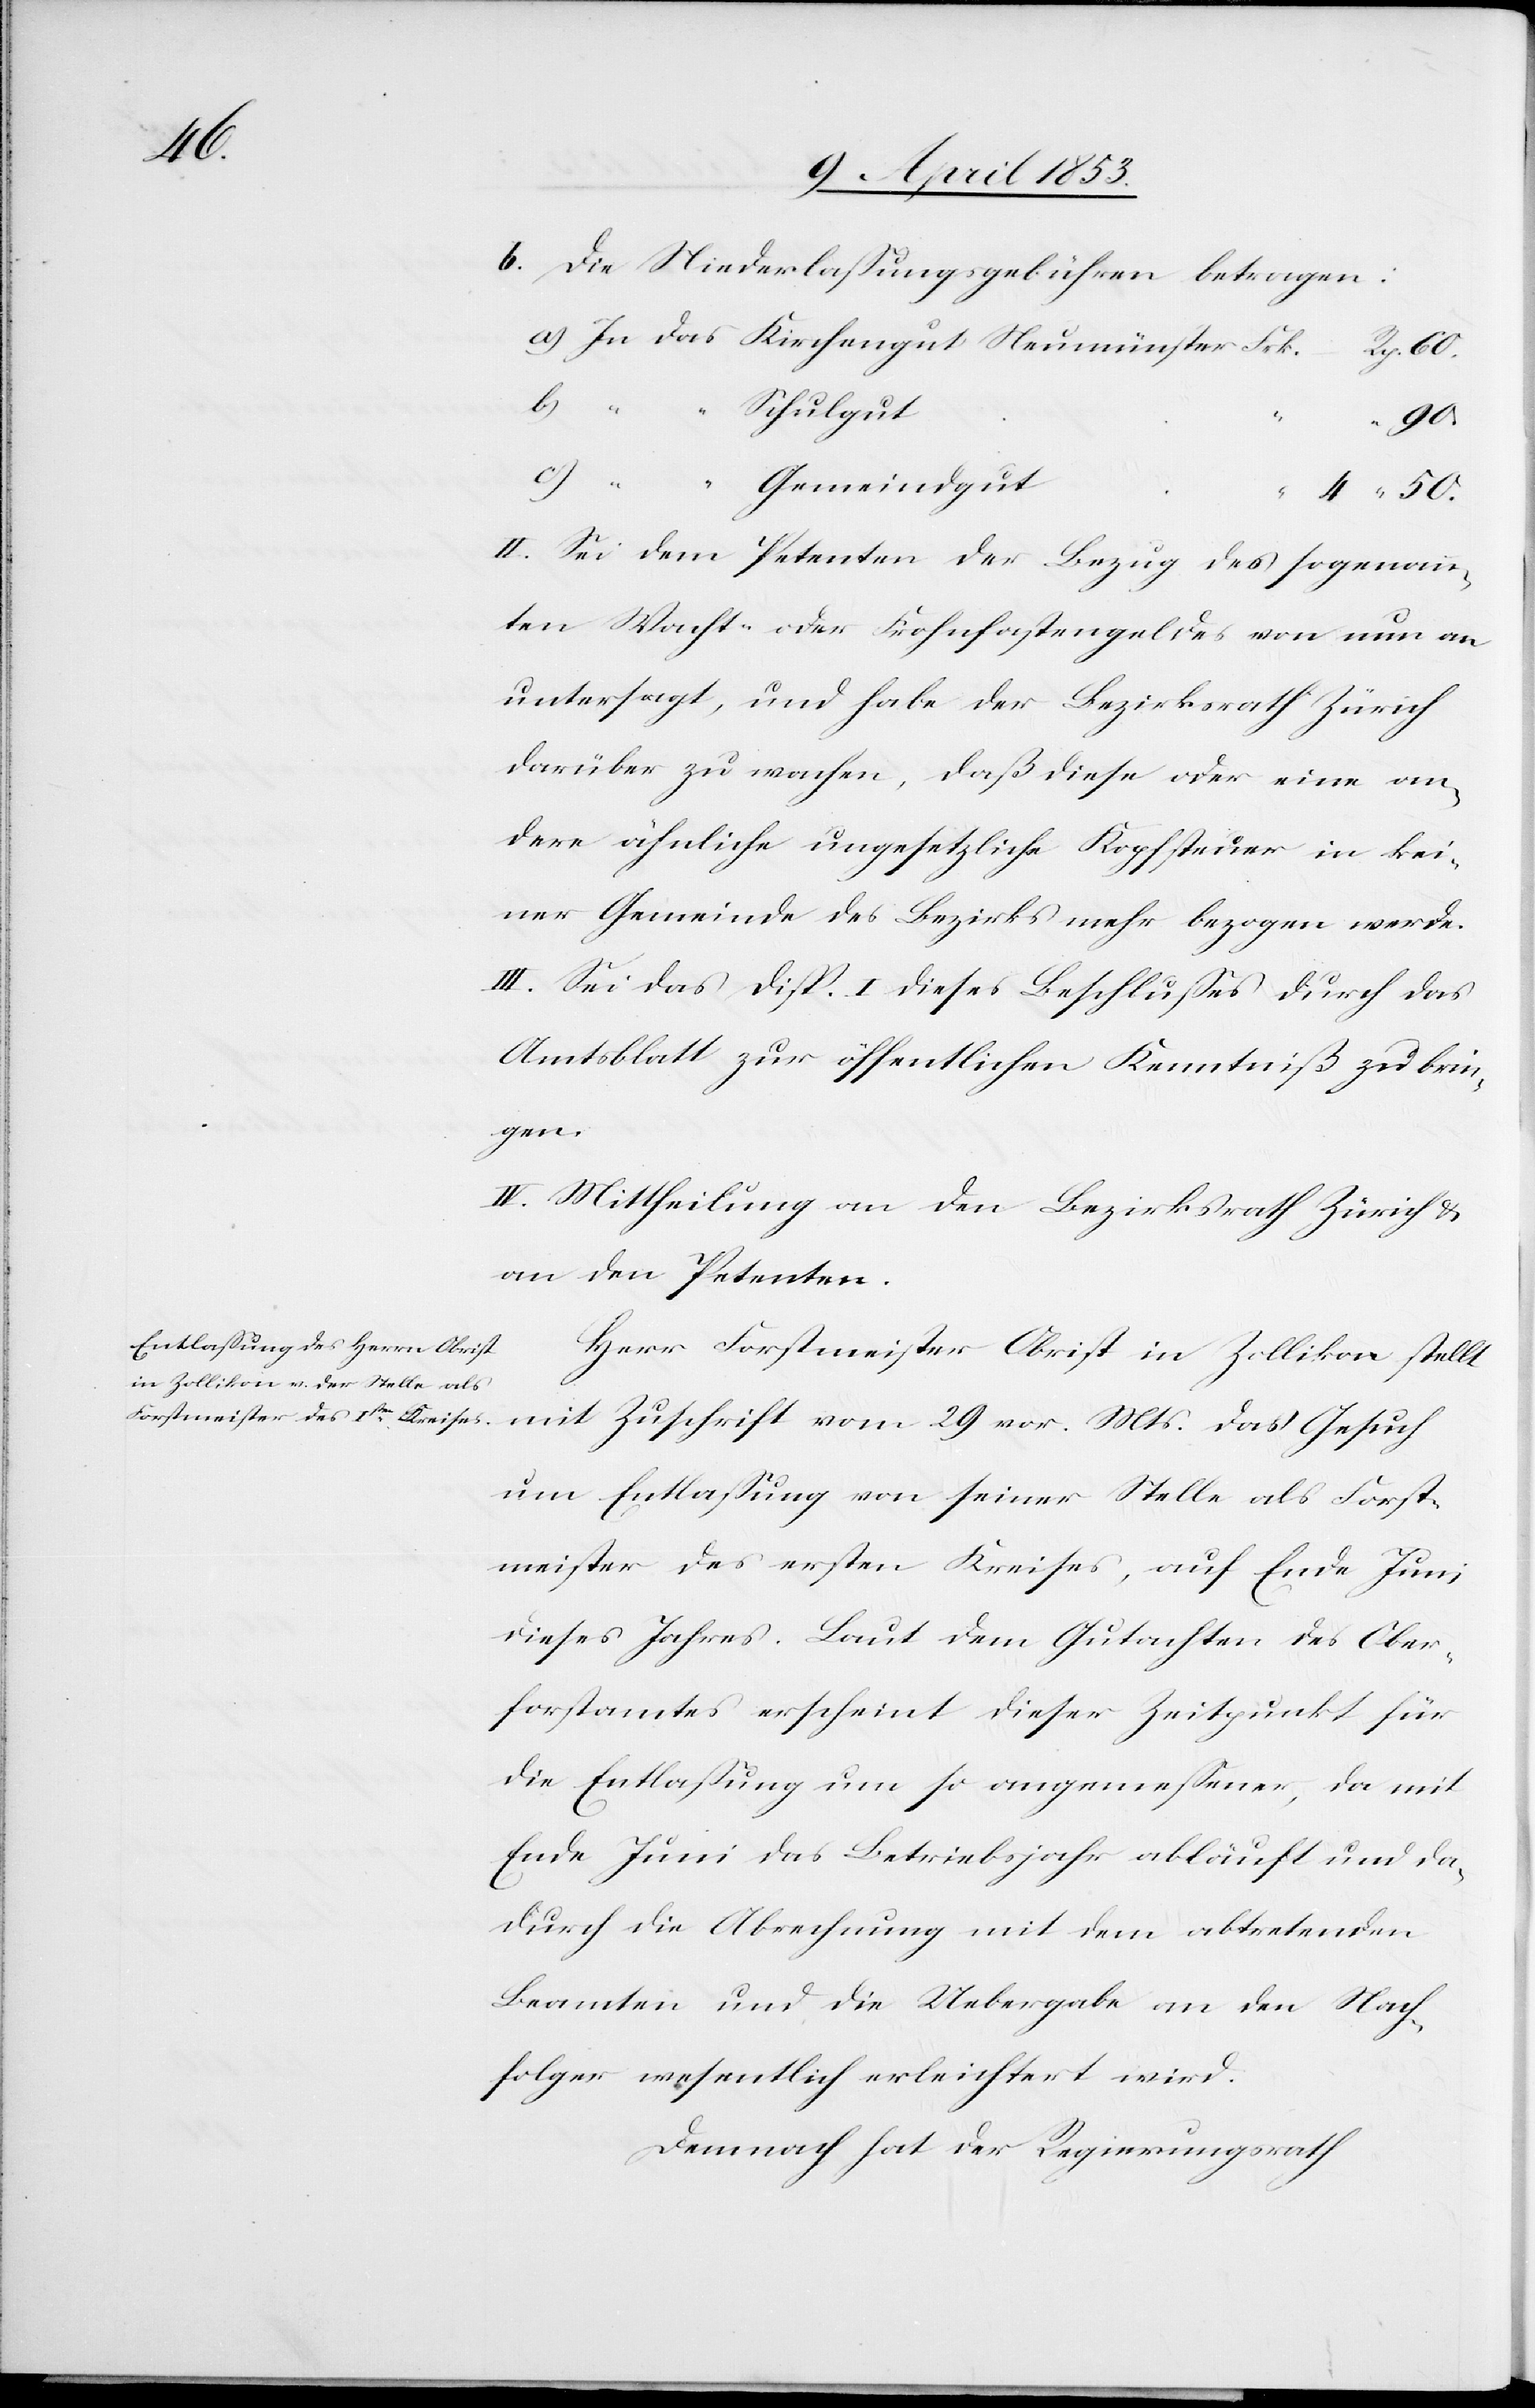
50.

b. die Niederlaßungsgebühren betragen:
a) In das Kirchengut Neumünster 	Frk.
Rp. 60.
II. Sei dem Petenten der Bezug des sogenann¬
ten Wacht- oder Frohnfastengeldes von nun an
untersagt, und habe der Bezirksrath Zürich
darüber zu wachen, daß diese oder eine an¬
dere ähnliche ungesetzliche Kopfsteuer in kei¬
ner Gemeinde des Bezirks mehr bezogen werde.
III. Sei das Disp. I. dieses Beschlußes durch das
Amtsblatt zur öffentlichen Kenntniß zu brin¬
gen.
IV. Mittheilung an den Bezirksrath Zürich u.
an den Petenten.
Herr Forstmeister Christ in Zollikon stellt
mit Zuschrift vom 29 vor. Mts. das Gesuch
um Entlaßung von seiner Stelle als Forst¬
meister des ersten Kreises, auf Ende Juni
dieses Jahres. Laut dem Gutachten des Ober¬
forstamtes erscheint dieser Zeitpunkt für
die Entlaßung um so angemeßener, da mit
Ende Juni das Betriebsjahr abläuft und da¬
durch die Abrechnung mit dem abtretenden
Beamten und die Uebergabe an den Nach¬
folger wesentlich erleichtert wird.
Demnach hat der Regierungsrath